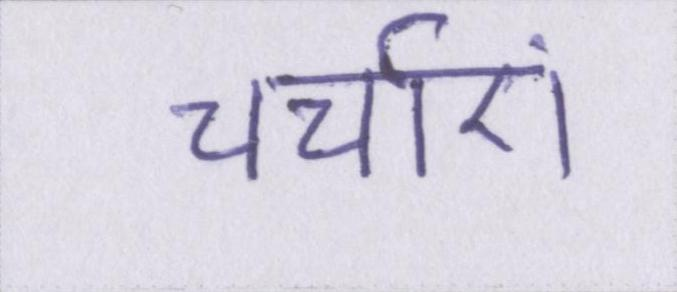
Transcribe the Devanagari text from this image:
चर्चाएं